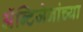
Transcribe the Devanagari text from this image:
अॅन्टिजेनांच्या